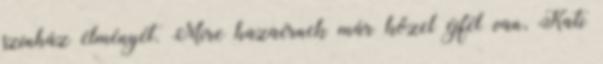
színház élményét. Mire hazaérnek már közel éjfél van, Kati